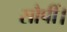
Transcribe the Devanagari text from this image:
सौपीं।